Vaccine operations Central Provinces 1868-1885 - 1868-1885
Year: 1868
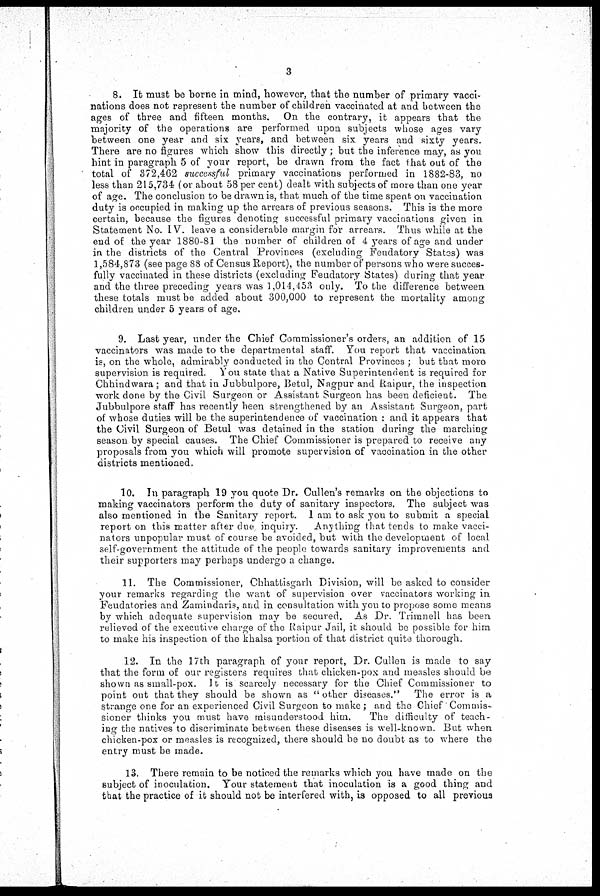
3
8. It must be borne in mind, however, that the number of primary vacci-
nations does not represent the number of children vaccinated at and between the
ages of three and fifteen months. On the contrary, it appears that the
majority of the operations are performed upon subjects whose ages vary
between one year and six years, and between six years and sixty years.
There are no figures which show this directly; but the inference may, as you
hint in paragraph 5 of your report, be drawn from the fact that out of the
total of 372,462 successful primary vaccinations performed in 1882-83, no
less than 215,734 (or about 58 per cent) dealt with subjects of more than one year
of age. The conclusion to be drawn is, that much of the time spent on vaccination
duty is occupied in making up the arrears of previous seasons. This is the more
certain, because the figures denoting successful primary vaccinations given in
Statement No. IV. leave a considerable margin for arrears. Thus while at the
end of the year 1880-81 the number of children of 4 years of age and under
in the districts of the Central Provinces (excluding Foudatory States) was
1,584,873 (see page 88 of Census Report), the number of persons who were succes-
fully vaccinated in these districts (excluding Feudatory States) during that year
and the three preceding years was 1,014,453 only. To the difference between
these totals must be added about 300,000 to represent the mortality among
children under 5 years of age.
9. Last year, under the Chief Commissioner's orders, an addition of 15
vaccinators was made to the departmental staff. You report that vaccination
is, on the whole, admirably conducted in the Central Provinces; but that more
supervision is required. You state that a Native Superintendent is required for
Chhindwara; and that in Jubbulpore, Betul, Nagpur and Raipur, the inspection
work done by the Civil Surgeon or Assistant Surgeon has been deficient. The
Jubbulpore staff has recently been strengthened by an Assistant Surgeon, part
of whose duties will be the superintendence of vaccination : and it appears that
the Civil Surgeon of Betul was detained in the station during the marching
season by special causes. The Chief Commissioner is prepared to receive any
proposals from you which will promote supervision of vaccination in the other
districts mentioned.
10. In paragraph 19 you quote Dr. Cullen's remarks on the objections to
making vaccinators perform the duty of sanitary inspectors. The subject was
also mentioned in the Sanitary report. I am to ask you to submit a special
report on this matter after due inquiry. Anything that tends to make vacci-
nators unpopular must of course be avoided, but with the development of local
self-government the attitude of the people towards sanitary improvements and
their supporters may perhaps undergo a change.
11. The Commissioner, Chhattisgarh Division, will be asked to consider
your remarks regarding the want of supervision over vaccinators working in
Feudatories and Zamindaris, and in consultation with you to propose some means
by which adequate supervision may be secured. As Dr. Trimnell has been
relieved of the executive charge of the Raipur Jail, it should be possible for him
to make his inspection of the khalsa portion of that district quite thorough.
12. In the 17th paragraph of your report, Dr. Cullen is made to say
that the form of our registers requires that chicken-pox and measles should be
shown as small-pox. It is scarcely necessary for the Chief Commissioner to
point out that they should be shown as " other diseases." The error is a
strange one for an experienced Civil Surgeon to make; and the Chief Commis-
sioner thinks you must have misunderstood him.
The difficulty of teach-
ing the natives to discriminate between these diseases is well-known. But when
chicken-pox or measles is recognized, there should be no doubt as to where the
entry must be made.
13. There remain to be noticed the remarks which you have made on the
subject of inoculation. Your statement that inoculation is a good thing and
that the practice of it should not be interfered with, is opposed to all previous